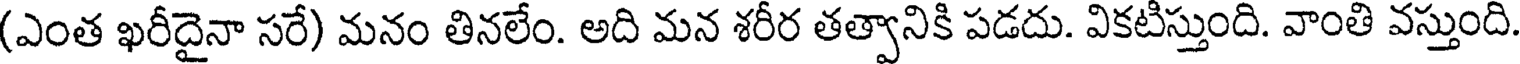
(ఎంత ఖరీదైనా సరే) మనం తినలేం. అది మన శరీర తత్వానికి పడదు. వికటిస్తుంది. వాంతి వస్తుంది